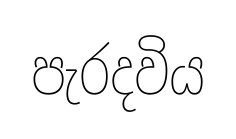
පැරදවිය